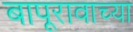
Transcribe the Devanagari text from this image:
बापूरावाच्या